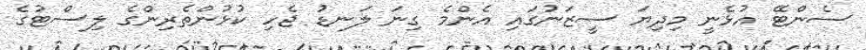
ސެންޓޭ އުޅެނީ މިދިޔަ ސީޒަނުގައި އެންމެ ގިނަ ލަނޑު ޖެހި ކުޅުންތެރިންގެ ލިސްޓުގެ